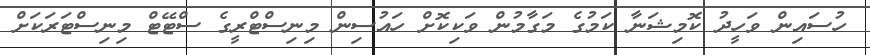
ހުސައިން ވަހީދު ކޮމިޝަނާ ކަމުގެ މަގާމުން ވަކިކޮށް ހައުސިން މިނިސްޓްރީގެ ސްޓޭޓް މިނިސްޓަރަކަށް